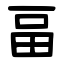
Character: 畐